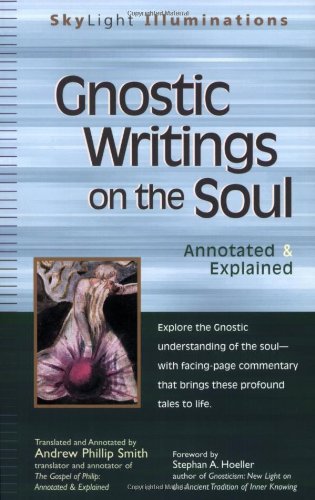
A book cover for Gnostic Writings on the Soul: Annotated & Explained (SkyLight Illuminations); Andrew Phillip Smith; Religion & Spirituality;